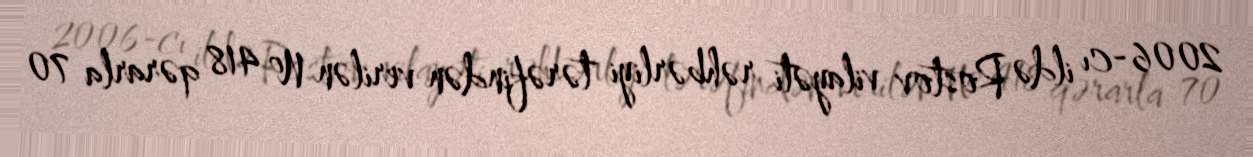
2006-cı ildə Rostov vilayəti rəhbərliyi tərəfindən verilən № 418 qərarla 70